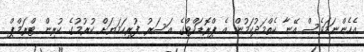
އެހެންނަމަވެސް އޭނާ ކެތްމަދުކަމުން އެ ޕްރޮޑަކްޓްގެ އަސަރު ފުރިހަމަޔަށް ކުރުމުގެ ކުރިން ޓްރަމްޕް